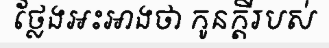
ថ្លែងអះអាងថា កូនក្តីរបស់